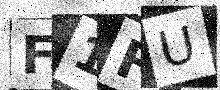
Text: F1FU